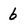
Character: 6